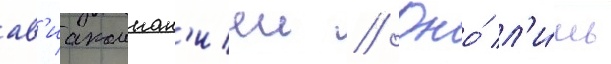
ав'иакомпан'иеи // Оно́ л'и́шь